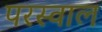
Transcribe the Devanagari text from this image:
परस्वाल